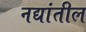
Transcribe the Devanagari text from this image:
नद्यांतील